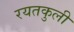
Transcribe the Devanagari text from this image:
रयतकुली